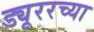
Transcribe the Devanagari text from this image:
ड्यूररच्या